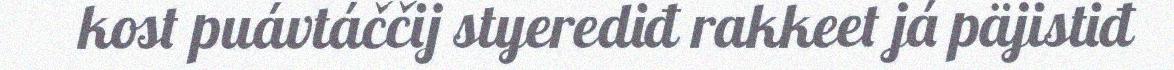
kost puávtáččij styerediđ rakkeet já päjistiđ